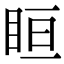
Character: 𥅨